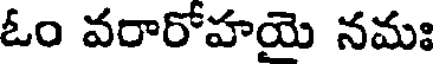
ఓం వరారోహయై నమః